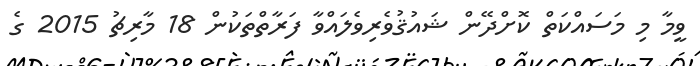
ވީމާ މި މަސައްކަތް ކޮށްދޭން ޝައުޤުވެރިވެލައްވާ ފަރާތްތަކުން 18 މާރިޗު 2015 ގެ